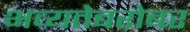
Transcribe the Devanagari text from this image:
भव्यतेबरोबर